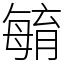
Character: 𣫺